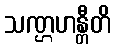
သဏ္ဌဟန္တီတိ